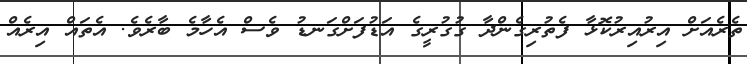
ތެރެއަށް އިރުއިރުކޮޅާ ފެތުރިގެންދާ ގުގުރީގެ އަޑުފަށްގަނޑު ވެސް އެހާމެ ބާރެވެ. އެތައް އިރެއް